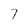
Character: 7